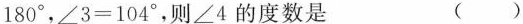
1 8 0 °$$，$$∠ 3 = 1 0 4 °$$，则∠4的度数是 ( )